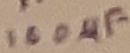
Text: 100µF